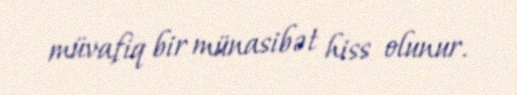
müvafiq bir münasibət hiss olunur.